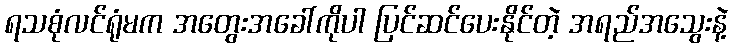
ရသစုံလင်ရုံမက အတွေးအခေါ်ကိုပါ ပြင်ဆင်ပေးနိုင်တဲ့ အရည်အသွေးနဲ့